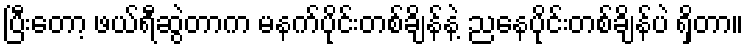
ပြီးတော့ ဖယ်ရီဆွဲတာက မနက်ပိုင်းတစ်ချိန်နဲ့ ညနေပိုင်းတစ်ချိန်ပဲ ရှိတာ။